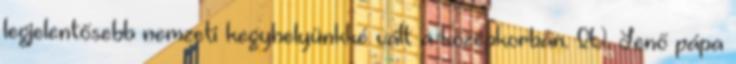
legjelentősebb nemzeti kegyhelyünkké vált a középkorban. IV. Jenő pápa